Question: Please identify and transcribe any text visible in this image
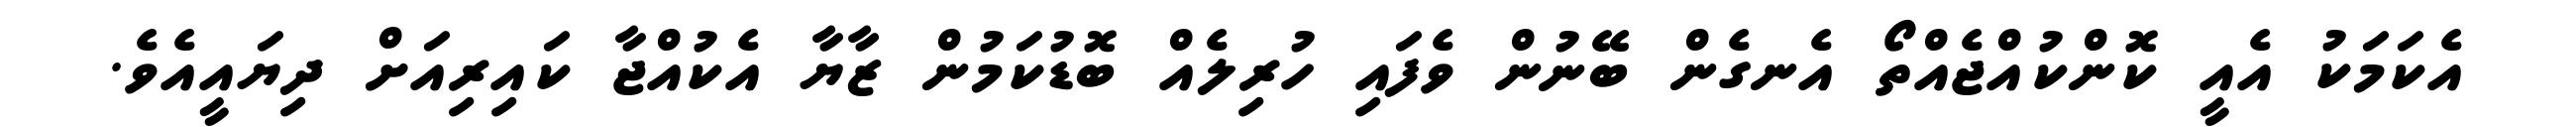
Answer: އެކަމަކު އެއީ ކޮންކުއްޖެއްތޯ އެނގެން ބޭނުން ވެފައި ހުރިލެއް ބޮޑުކަމުން ޒާޔާ އެކުއްޖާ ކައިރިއަށް ދިޔައީއެވެ.